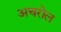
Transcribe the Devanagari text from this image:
अचरोल